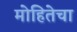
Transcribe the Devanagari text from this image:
मोहितेचा